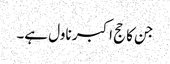
جن کا حج اکبر ناول ہے۔